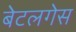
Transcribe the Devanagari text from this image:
बेटलगेस